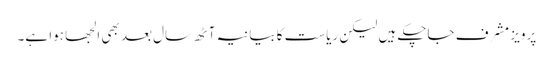
پرویز مشرف جاچکے ہیں لیکن ریاست کا بیانیہ آٹھ سال بعد بھی الجھا ہوا ہے۔